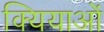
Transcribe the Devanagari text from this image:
क्यियाओं